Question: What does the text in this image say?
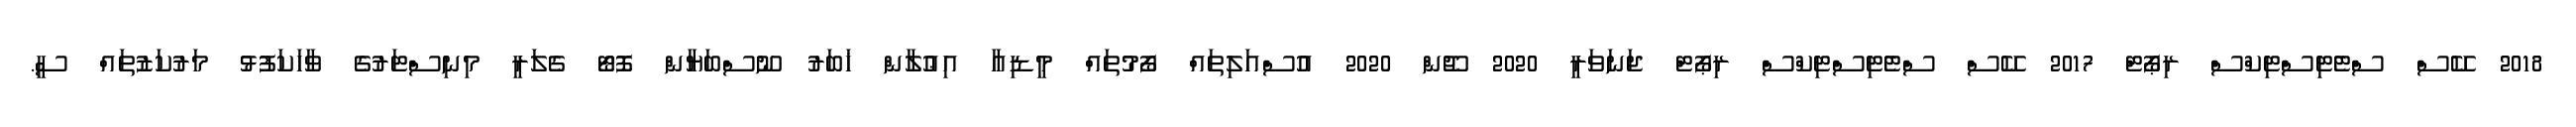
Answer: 2018 ކޭސް ސްޓެޓިސްޓިކްސް ރިޕޯޓް 2017 ކޭސް ސްޓެޓިސްޓިކްސް ރިޕޯޓް ޖަނަވަރީ 2020 ޖޫން 2020 އުސްއަލިތައް ފޯމުތައް މީޑިއާ އިޢުލާން ޚަބަރު ނޫސްބަޔާން ފޮޓޯ ގެލަރީ މިނިސްޓަރުގެ ވާހަކަފުޅު މަރުކަޒުތައް ސީ.